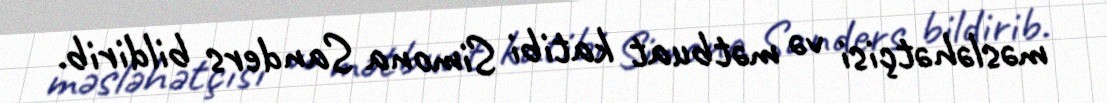
məsləhətçisi və mətbuat katibi Simona Sanders bildirib.